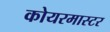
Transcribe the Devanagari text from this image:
कोयरमास्टर